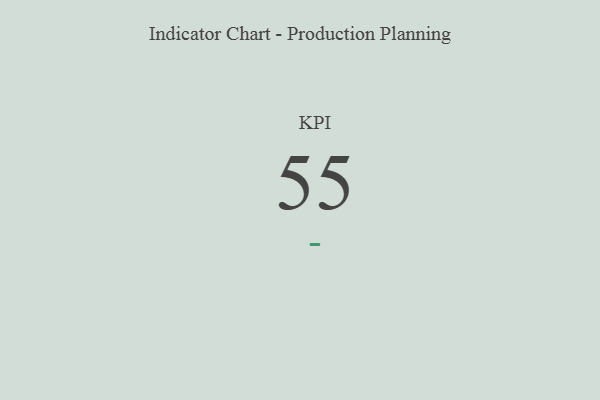
{"axis": {"x": "KPI", "y": "Value"}, "legend": [""], "data": [{"x": "KPI", "y": 55, "type": ""}]}